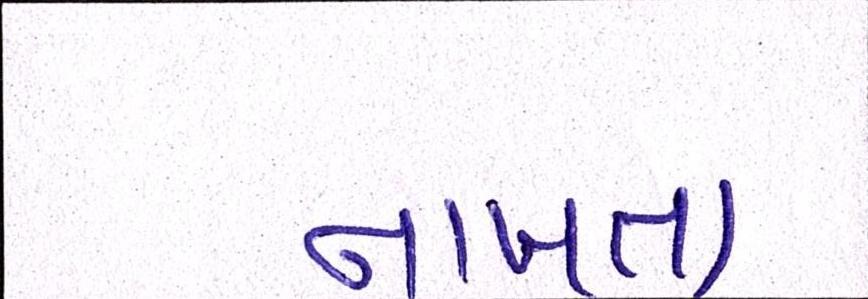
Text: નાખતા